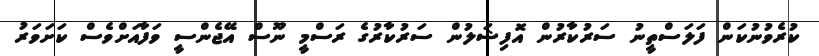
ކުރެވުނުކަން ފަލަސްތީނު ސަރުކާރުން އޮފިޝަލުން ސަރުކާރުގެ ރަސްމީ ނޫސް އޭޖެންސީ ވަފާއަށްވެސް ކަށަވަރު